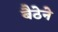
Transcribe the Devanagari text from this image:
बैठेने